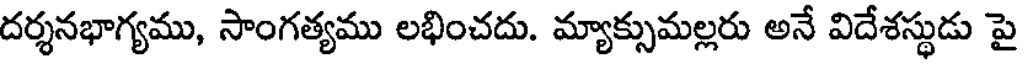
దర్శనభాగ్యము, సాంగత్యము లభించదు. మ్యాక్సుమల్లరు అనే విదేశస్థుడు పై